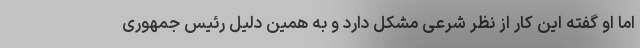
اما او گفته این کار از نظر شرعی مشکل دارد و به همین دلیل رئیس جمهوری